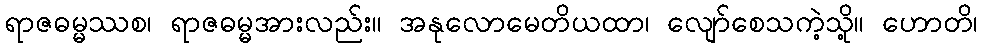
ရာဇဓမ္မဿစ၊ ရာဇဓမ္မအားလည်း။ အနုလောမေတိယထာ၊ လျော်စေသကဲ့သို့။ ဟောတိ၊